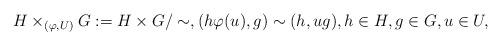
LaTeX: \begin{align*}H\times_{(\varphi,U)}G := H\times G/\sim,(h\varphi(u),g)\sim(h,ug), h\in H, g\in G, u\in U,\end{align*}